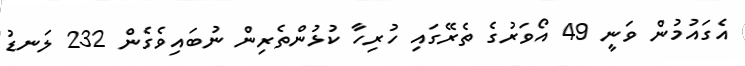
އެގައުމުން ވަނީ 49 އޯވަރުގެ ތެރޭގައި ހުރިހާ ކުޅުންތެރިން ނުބައިވެގެން 232 ލަނޑު